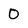
Character: 0